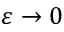
\varepsilon \rightarrow 0